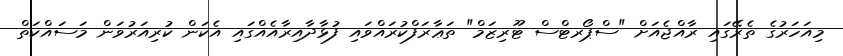
މިއަހަރުގެ ތެރޭގައި ރާއްޖެއަށް "ސްޕޯރޓްސް ޓޫރިޒަމް" ތަޢާރަފްކުރައްވައި ފުޅާދާއިރާއެއްގައި އެކަން ކުރިއަރުވަން މަސައްކަތް